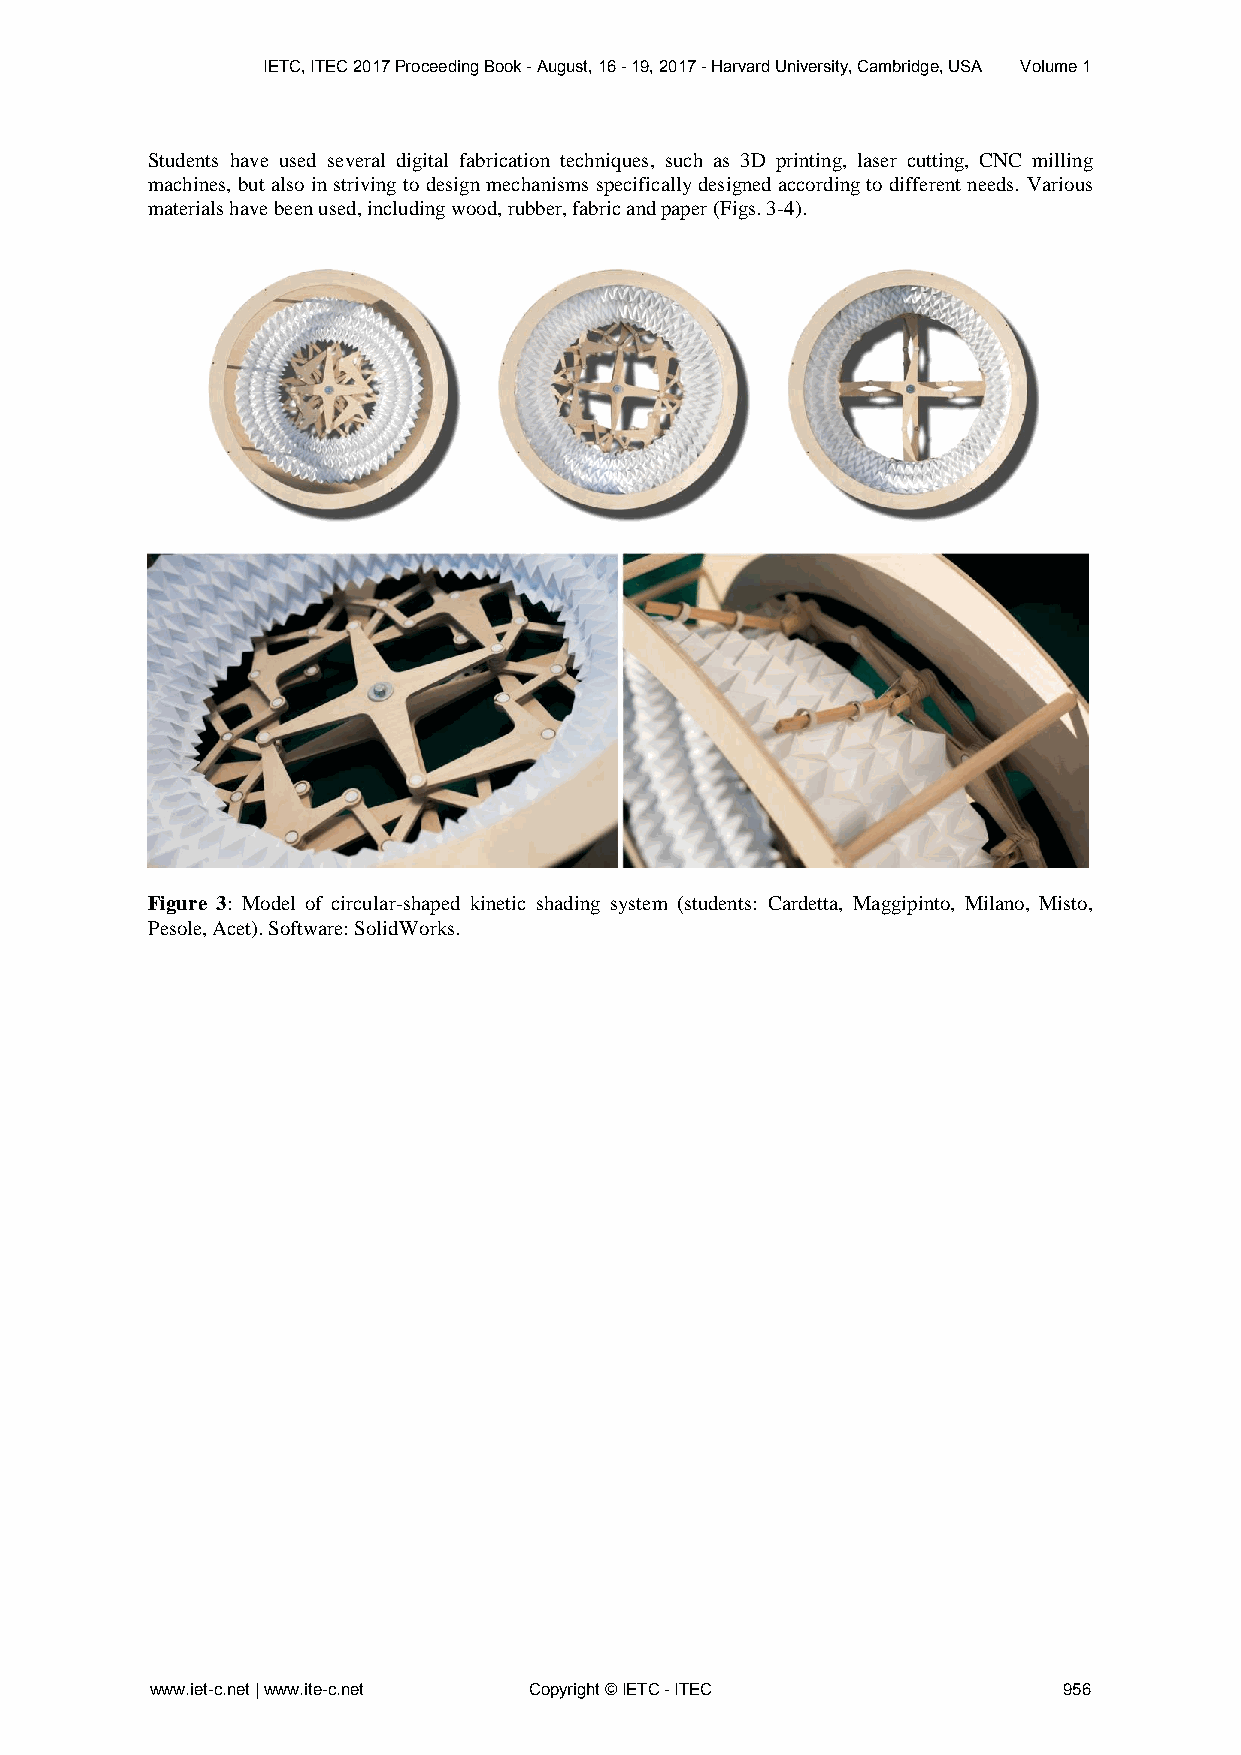
IETC, ITEC 2017 Proceeding Book - August, 16 - 19, 2017 - Harvard University, Cambridge, USA Volume 1
 Students have used several digital fabrication techniques, such as 3D printing, laser cutting, CNC milling
 machines, but also in striving to design mechanisms specifically designed according to different needs. Various
 materials have been used, including wood, rubber, fabric and paper (Figs. 3-4).
 Figure 3: Model of circular-shaped kinetic shading system (students: Cardetta, Maggipinto, Milano, Misto,
 Pesole, Acet). Software: SolidWorks.
 www.iet-c.net | www.ite-c.net Copyright © IETC - ITEC       956